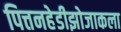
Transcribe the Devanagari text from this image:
पित्तनहेडीझोजाकला